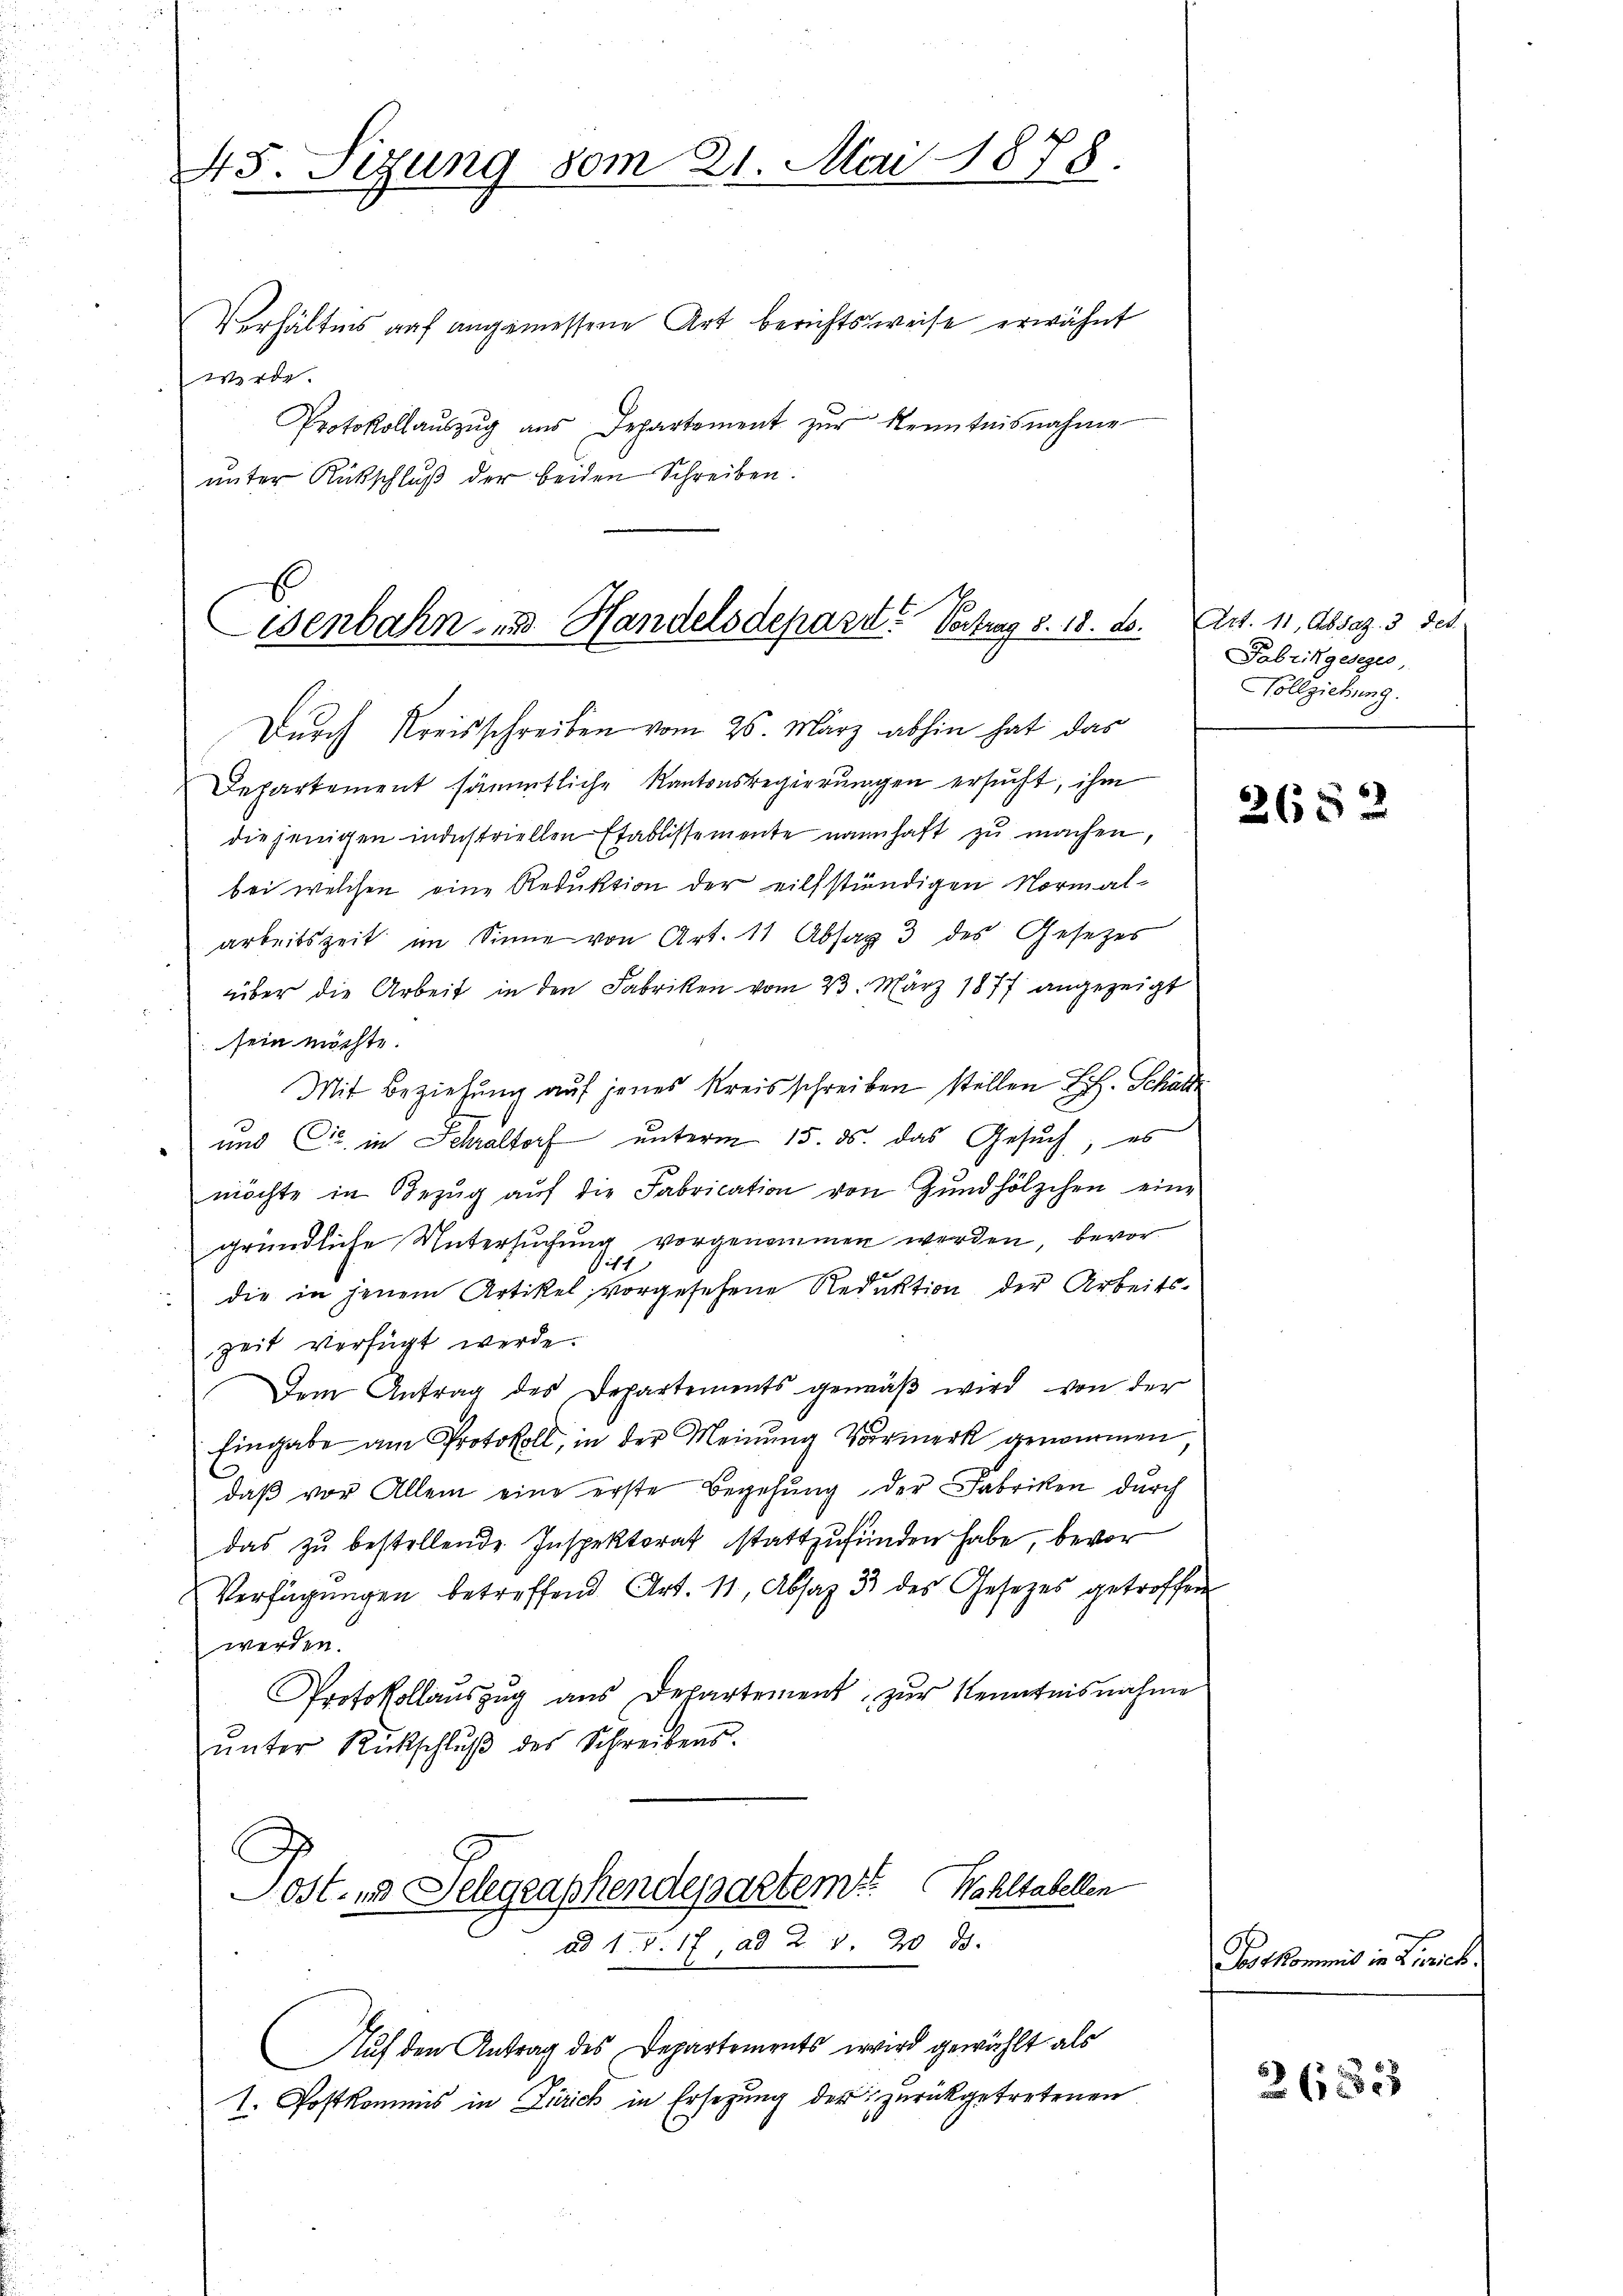
45. Sizung vom 21. Mai 1878.

Verhältnis auf angemessene Art berichtsweise erwähnt
Weg
Protokollaŭszŭg aŭs Departement zŭr Kenntnisnahme
unter Rückschluß der beiden Schreiben.

Wenbahn und Handelsdeparit. Vertrag 8. 18. ds.
Durch Kreisschreiben vom 25. März abhin hat das

Departement sämmtliche Kantonsregierungen ersucht, ihm
diejenigen industriellen Etablissemente namhaft zu machen,
bei welchen eine Reduktion der eilfständigen Normal-
arbeitszeit im Sinne von Art. 11 Absag 3 des Gesetzes
über die Arbeit in den Fabriken vom 23. März 1877 angezeigt
sein möchte.
Mit Beziehung auf jenes Kreisschreiben stellen E. H. Schalte
 und Cie in Schraltorf unterm 15. ds. das Gesuch, es
möchte in Bezŭg aŭf die Fabrication von Zündhölzchen eine
gründliche Untersuchung vorgenommen werden, bevor
Sit
.
die in jenem Artikel vorgesehene Reduktion der Arbeitszeit verfügt werde.
Dem Antrag des Departements gemäβ wird von der
Eingabe am Protokoll, in der Meinung Vormerk genommen
daβ vor Allem eine erste Begehung der Fabriken durch
das zŭ bestellende Inspektorat stattzufinden habe, bevor
Verfügŭngen betreffend Art. 11, Absaz 3 des Gesetzes getroffen
werden.
Protokollauszug aus Departement zur Kenntnisnahme
ŭnter Rückschlŭβ des Schreibens.

Lost- und Selegraphendepartem Wohltabellen
ad 1. d. 17, ad 2. 3. 20. ds.
Auf den Antrag des Departements wird gewählt als

1. Postkommis in Zürich in Ersezung der zurückgetretenen

Art. 11, Absag. 3. Jet
Fabrikgesegen,
Vollziehung.

2652

Postkommis in Zürich.

2683